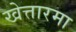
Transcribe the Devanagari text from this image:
खेत्तारमा